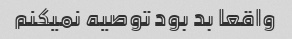
واقعا بد بود توصیه نمیکنم